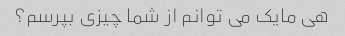
هی مایک می توانم از شما چیزی بپرسم؟